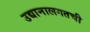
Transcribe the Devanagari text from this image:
उद्यानालगतची